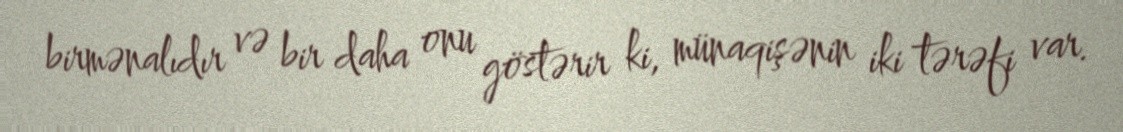
birmənalıdır və bir daha onu göstərir ki, münaqişənin iki tərəfi var.